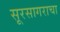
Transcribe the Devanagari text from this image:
सूरसागराचा